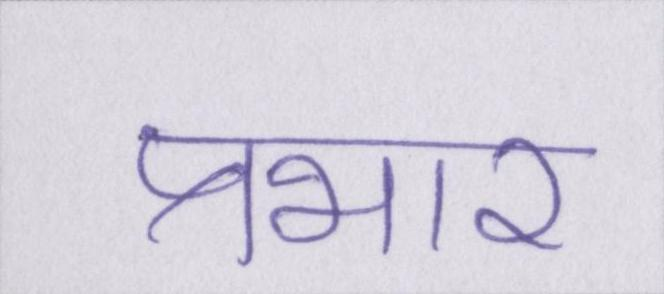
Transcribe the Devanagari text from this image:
प्रभार